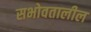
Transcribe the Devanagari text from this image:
सभोवतालील